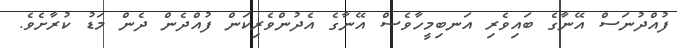
ފުއްދުނަސް އޭނާގެ ބައިވެރި އަނބިމީހާވެސް އޭނާގެ އެދުންވެރިކަން ފުއްދެން ދެން މަޑު ކުރާށެވެ.